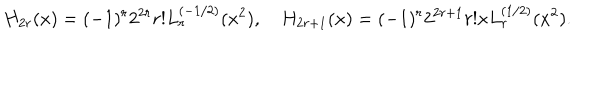
H _ { 2 r } ( x ) = ( - 1 ) ^ { r } 2 ^ { 2 r } r ! L _ { r } ^ { ( - 1 / 2 ) } ( x ^ { 2 } ) , \quad H _ { 2 r + 1 } ( x ) = ( - 1 ) ^ { r } 2 ^ { 2 r + 1 } r ! x L _ { r } ^ { ( 1 / 2 ) } ( x ^ { 2 } ) .